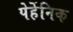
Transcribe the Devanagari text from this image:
पेर्हेनिक